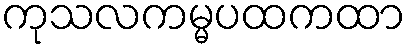
ကုသလကမ္မပထကထာ